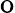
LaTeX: \mathrm{o}